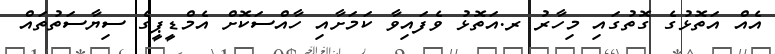
އެއް އަތޮޅުގެ ގޮތުގައި މިހާރު ރ.އަތޮޅު ވެފައިވާ ކަމަށާއި ހާއްސަކޮށް އެމްޑީޕީގެ ސިޔާސަތުތައް